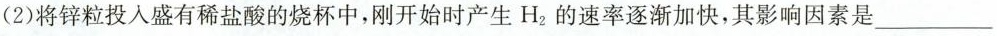
(2)将锌粒投入盛有稀盐酸的烧杯中，刚开始时产生H_{2}的速率逐渐加快，其影响因素是___